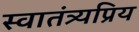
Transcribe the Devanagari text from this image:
स्वातंत्र्यप्रिय